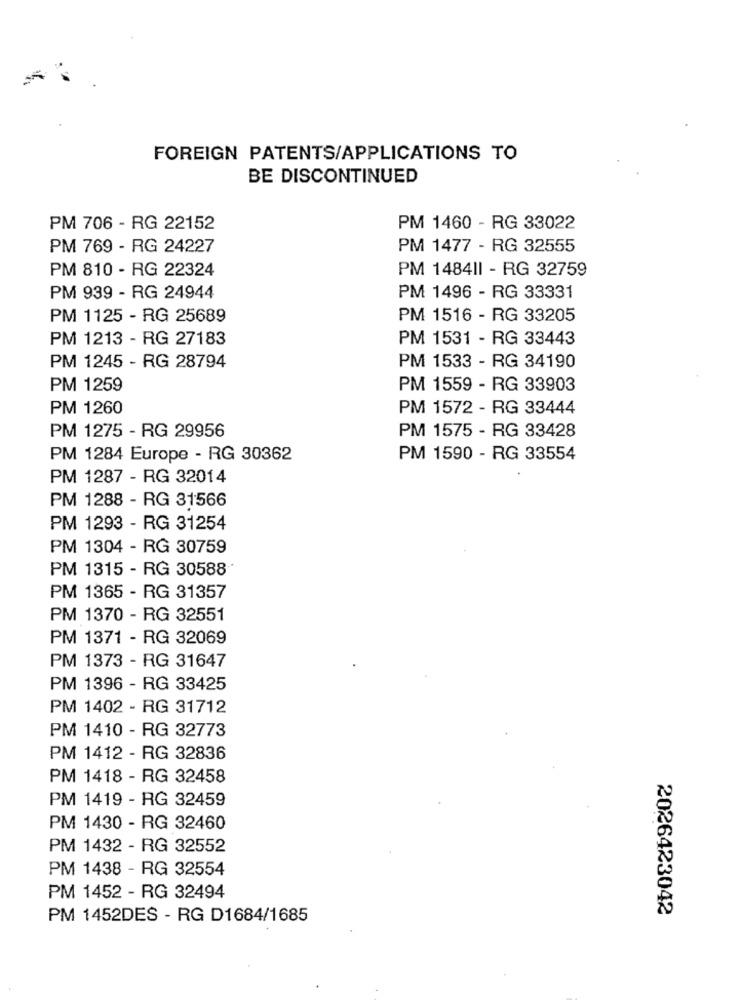
FOREIGN PATENTS/APPLICATIONS TO
BE DISCONTINUED
PM 706 - RG 22152
PM 1460 - RG 33022
PM 769 - RG 24227
PM 1477 - RG 32555
PM 810 - RG 22324
PM 148411 - RG 32759
PM 939 - RG 24944
PM 1496 - RG 33331
PM 1125 - RG 25689
PM 1516 - RG 33205
PM 1213 - RG 27183
PM 1531 - RG 33443
PM 1245 - RG 28794
PM 1533 - RG 34190
PM 1259
PM 1559 - RG 33903
PM 1260
PM 1572 - RG 33444
PM 1275 - RG 29956
PM 1575 - RG 33428
PM 1284 Europe - RG 30362
PM 1590 - RG 33554
PM 1287 - RG 32014
PM 1288 - RG 31566
PM 1293 - RG 31254
PM 1304 - RG 30759
PM 1315 - RG 30588
PM 1365 - RG 31357
PM 1370 - RG 32551
PM 1371 - RG 32069
PM 1373 - RG 31647
PM 1396 - RG 33425
PM 1402 - RG 31712
PM 1410 - RG 32773
PM 1412 - RG 32836
PM 1418 - RG 32458
PM 1419 - RG 32459
PM 1430 - RG 32460
PM 1432 - RG 32552
PM 1438 - RG 32554
PM 1452 - RG 32494
2026423042
PM 1452DES - RG D1684/1685